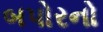
બપોરનો